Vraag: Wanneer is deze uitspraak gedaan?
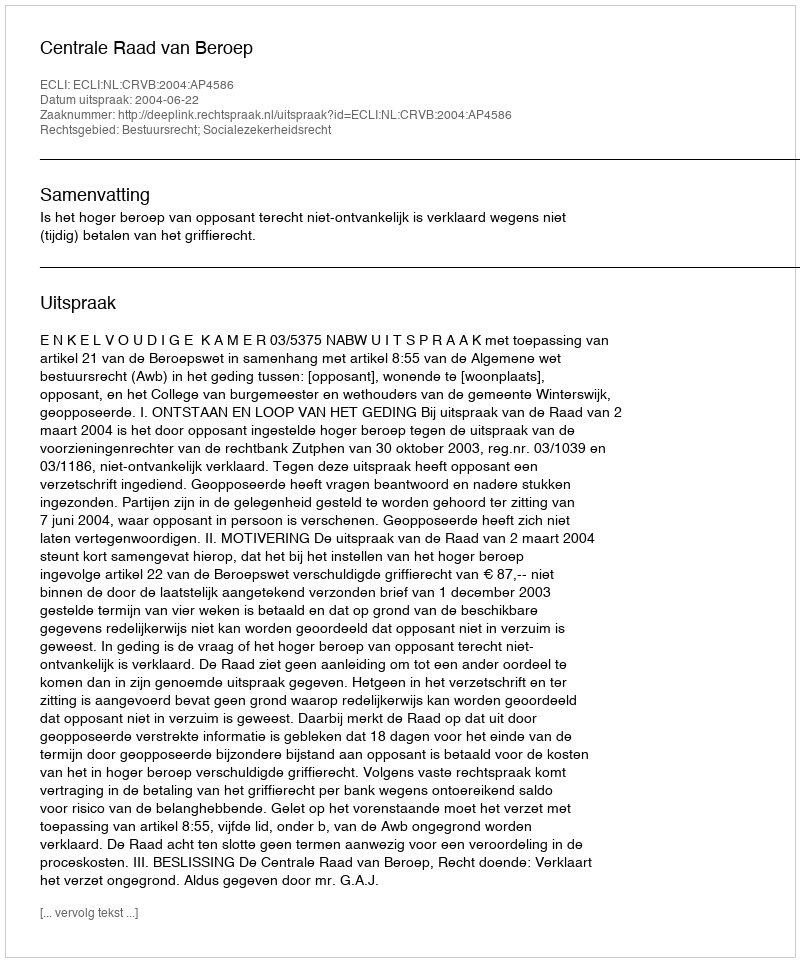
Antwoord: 2004-06-22